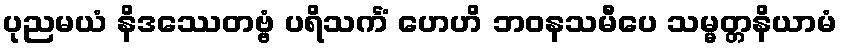
ပုညမယံ နိဒဿေတဗ္ဗံ ပရိသင်္ကံ ဟေဟိ ဘဝနသမီပေ သမ္မတ္တနိယာမံ